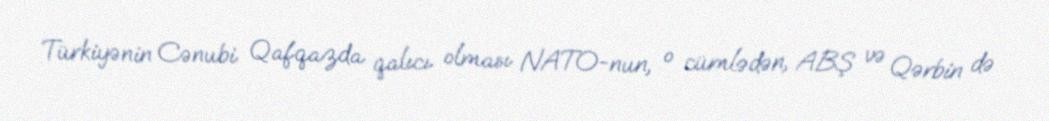
Türkiyənin Cənubi Qafqazda qalıcı olması NATO-nun, o cümlədən, ABŞ və Qərbin də